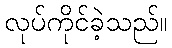
လုပ်ကိုင်ခဲ့သည်။